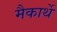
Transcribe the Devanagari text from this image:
मैकार्थे